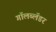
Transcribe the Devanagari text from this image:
गॉलब्लॅडर